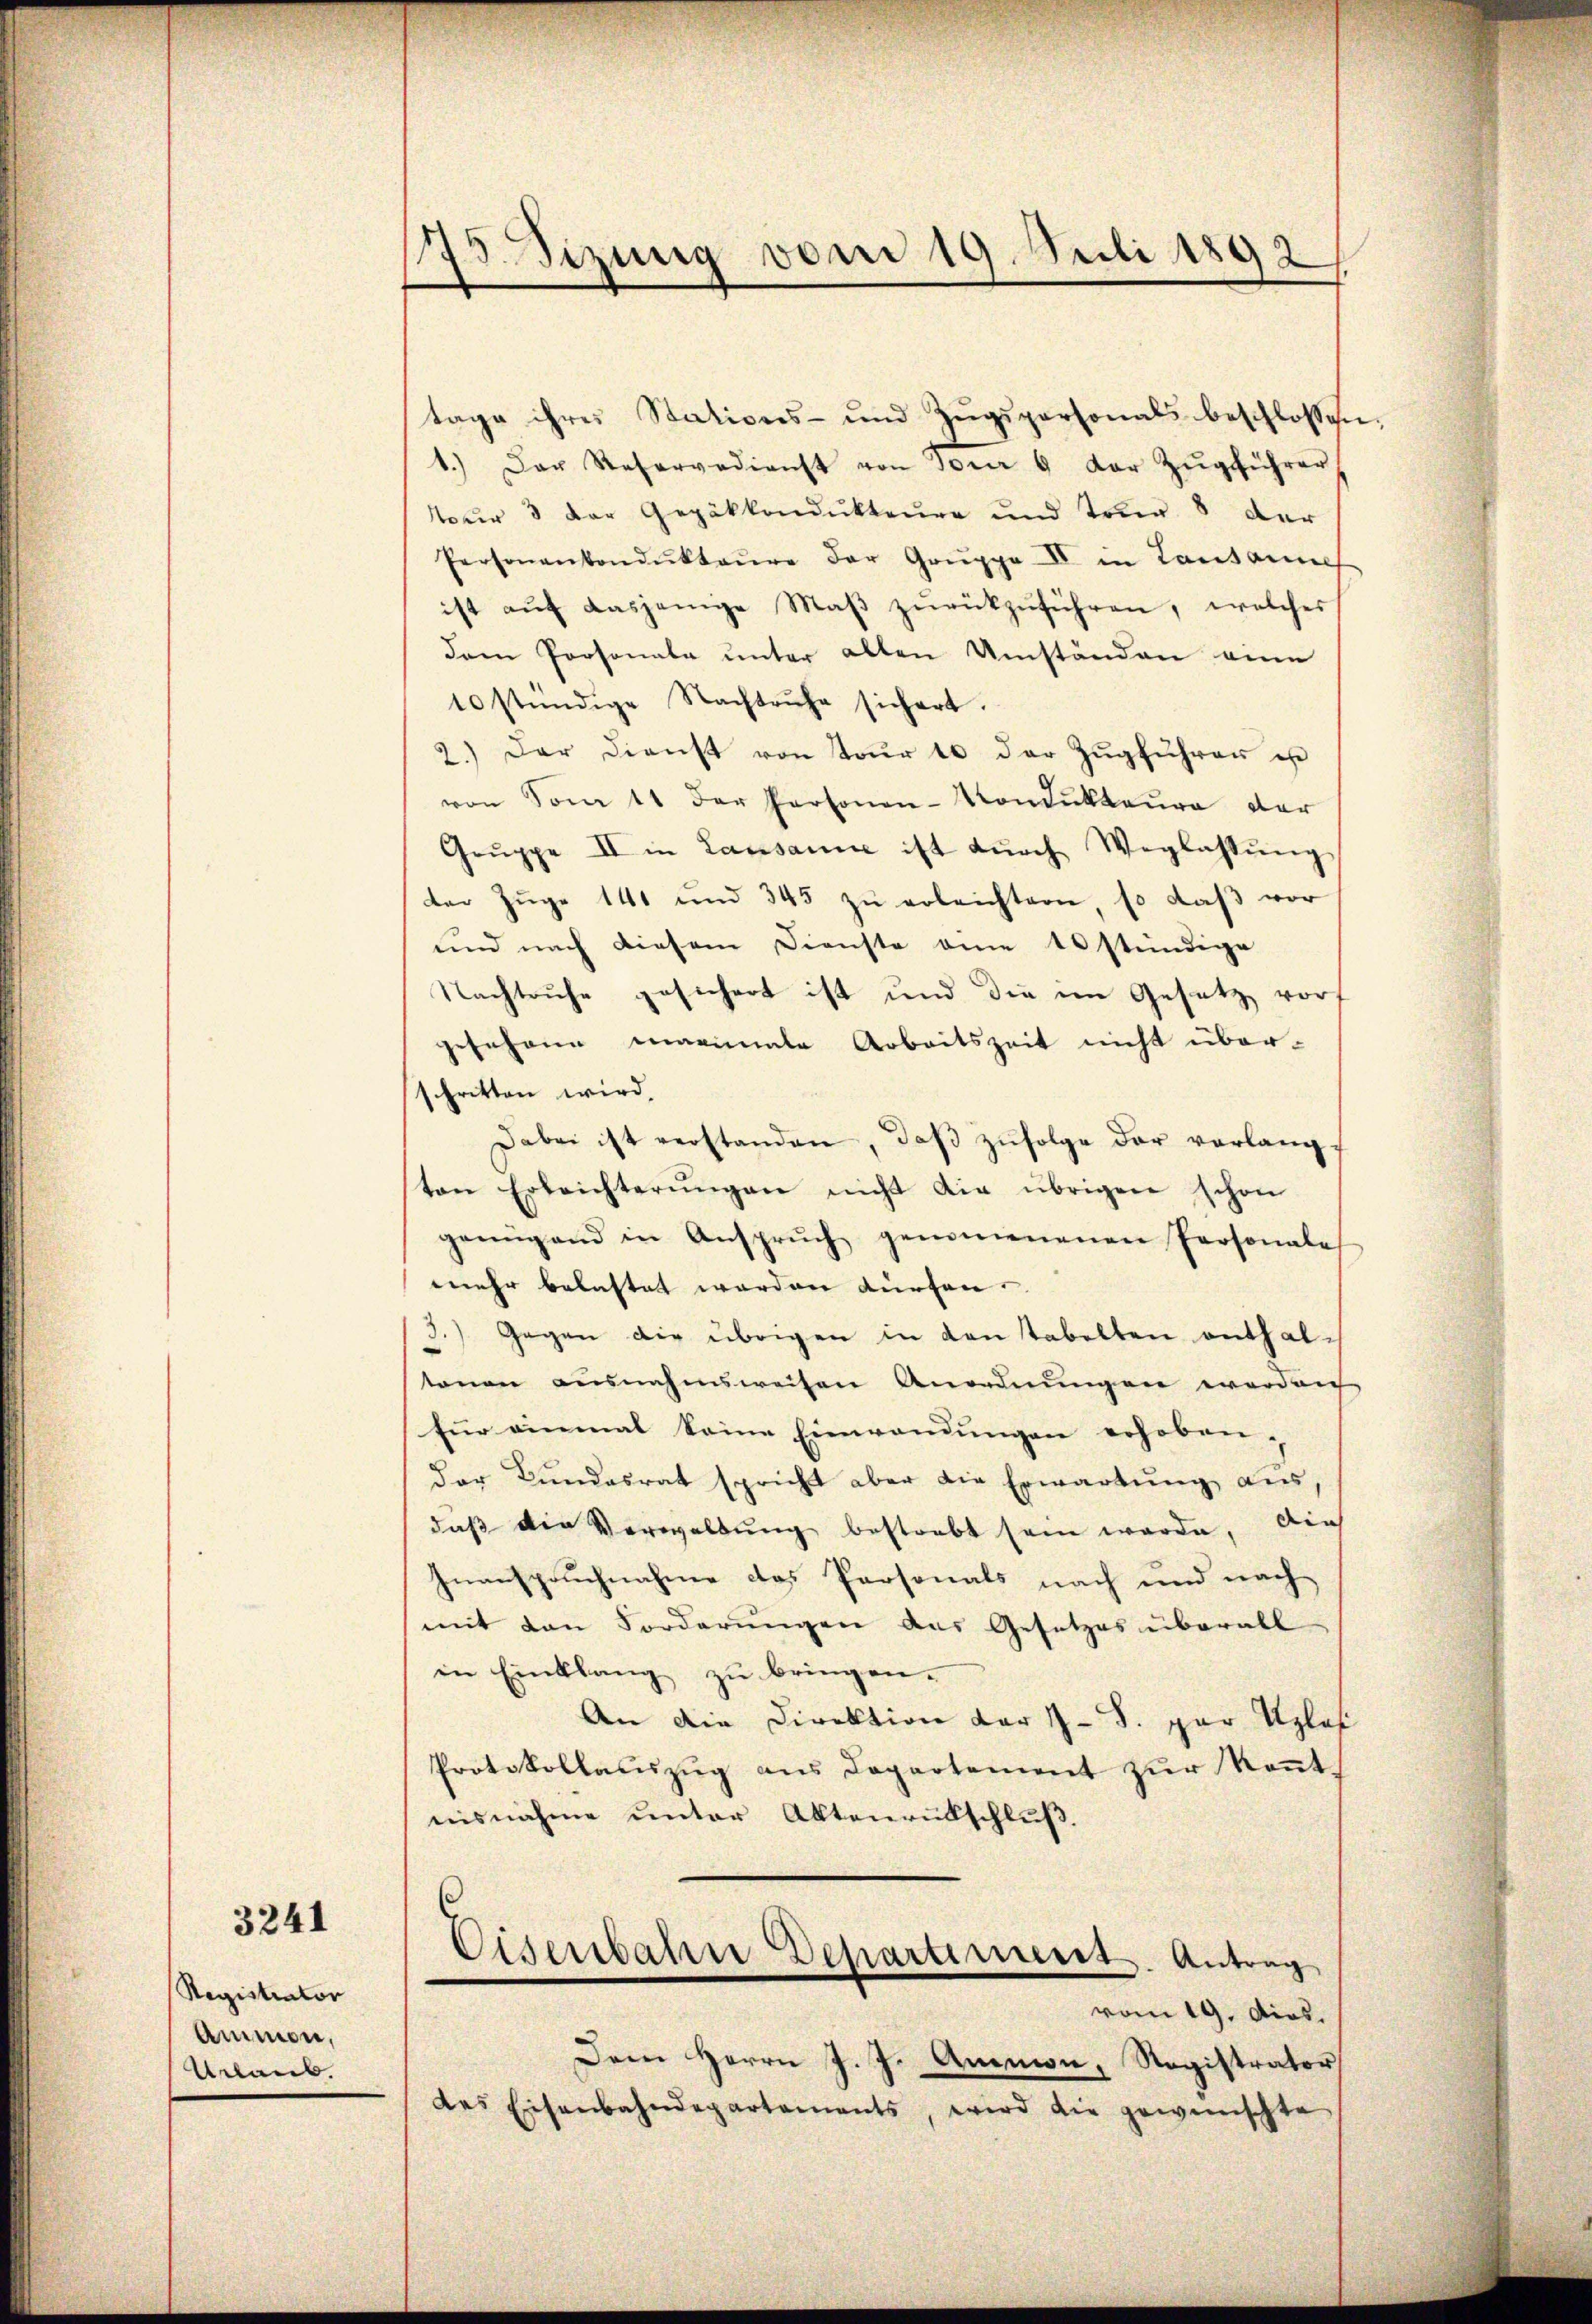
Registrator
Ammon,
Urlaub.

3241

75. Sizung vom 19. Juli 1892

tage ihres Stations- und Zŭgspersonals beschlossen.
1.) Der Reservedienst von Tour 6 der Zŭgführer
Nur 3 der Gepäkkondukteure und Tour 8 der
Personankondŭktaŭre der Gruppe IV in Lausannes
ist aŭf dasjenige Maβ zŭrückzŭführen, welches
dem Personale ŭnter alten Umständen eine
10 stündige Nachtruhe sichert.
2.) Der Dienst von Tour 10 der Zugfuhrer is
von Son 11 der Personen-Kondukteure der
Gruppe II in Lausanne ist durch Weglassung
der Zŭge 141 und 345 zŭ erleichtern, so daβ vor
und nach diesem Dienste eine 10 stündige
Nachtruhe gesichert ist und die im Gesetz vor
JeJohann mariale Arbeitszeit nicht überschritten wird.
Dabei ist verstanden, daβ zŭfolge der vorlangton Erleichterŭngen nicht die übrigen schon
genügend in Ansprŭch genommenen Personale
mehr belastet werden dürfen.
3.) Gegen die übrigen in Konstabelten enthaltonen ausnahmsweisen Anordnungen worden
für einmal keine Einwendungen erhoben,
der Bundesrat spricht aber die Erwartung aus,
daβ die Verwaltŭng bestrebt sein werde, dies
Inanspruchnahme das Personals nach und nach
mit den Forderungen das Gesetzes überall
in Einklang zu bringen.
An die Direktion der 7 - 8. par Uplof
Protokollaŭszŭg ans Departement zŭr Keṅt-
nisnahme unter Aktenrütschluß.
Eisenbahn Departiment. Antrag
vom 19. dies.
Dem Herrn J. J. Ammon, Ragistrator
des Eisenbahndepartements, wird die gewünschte